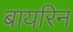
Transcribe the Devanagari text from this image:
बायरिन